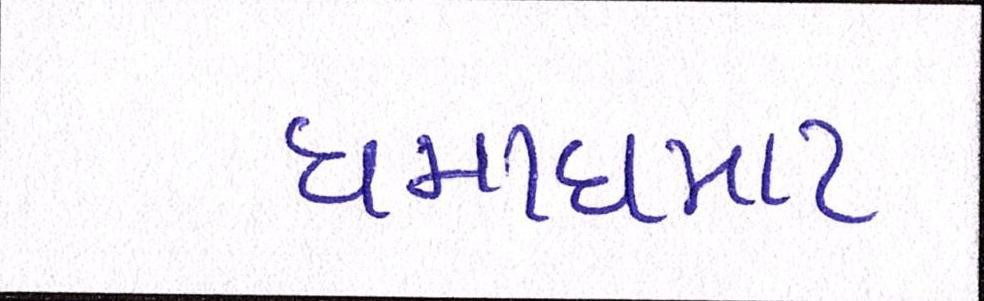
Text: ધમાધમાટ